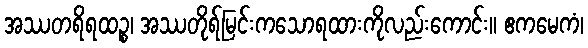
အဿတရိရထဉ္စ၊ အဿတိုရ်မြင်းကသောရထားကိုလည်းကောင်း။ ဧကမေကံ၊